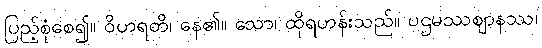
ပြည့်စုံစေ၍။ ဝိဟရတိ၊ နေ၏။ သော၊ ထိုရဟန်းသည်။ ပဌမဿဈာနဿ၊